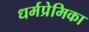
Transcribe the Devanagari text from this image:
धर्मप्रेमिका